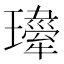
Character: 𤪍